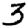
Digit: 3